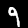
Label: 9